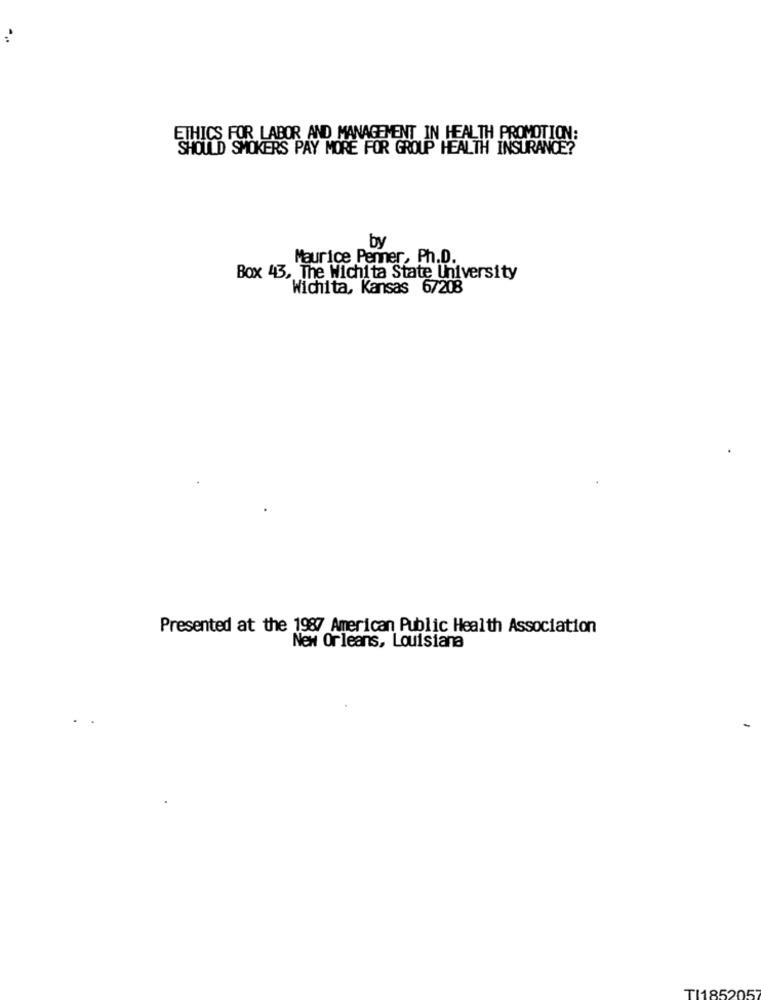
ETHICS FOR LABOR AND MANAGEMENT IN HEALTH PROMOTION:
SHOULD SMOKERS PAY MORE FOR GROUP HEALTH INSURANCE?
by
Maurice Penner, Ph.D.
Box 43, The Wichita State University
Wichita, Kansas 6/208
Presented at the 1987 American Public Health Association
New Orleans, Louisiana
TI1852057